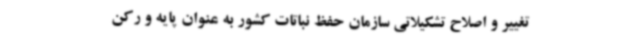
تغییر و اصلاح تشکیلاتی سازمان حفظ نباتات کشور به عنوان پایه و رکن